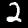
Label: 2